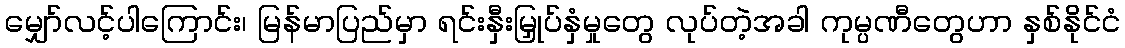
မျှော်လင့်ပါကြောင်း၊ မြန်မာပြည်မှာ ရင်းနှီးမြှုပ်နှံမှုတွေ လုပ်တဲ့အခါ ကုမ္ပဏီတွေဟာ နှစ်နိုင်ငံ